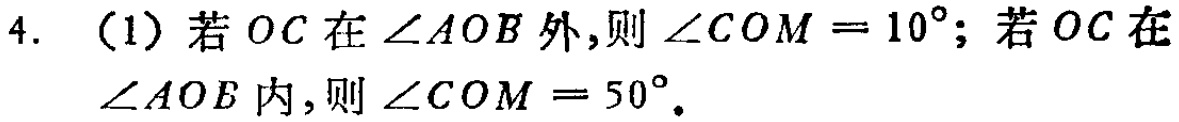
4. （1）若 \(OC\) 在 \(\angle AOB\) 外,则 \(\angle COM = 10^{\circ}\); 若 \(OC\) 在 \(\angle AOB\) 内,则 \(\angle COM = 50^{\circ}\).